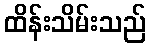
ထိန်းသိမ်းသည်